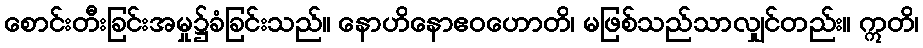
စောင်းတီးခြင်းအမှု၌ခံခြင်းသည်။ နောဟိနောဧဝဟောတိ၊ မဖြစ်သည်သာလျှင်တည်း။ ဣတိ၊